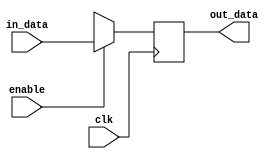

module dff_source(in_data,enable,out_data,clk);
parameter Width=4;
input [Width-1:0] in_data;
input enable,clk;
output reg [Width-1:0] out_data;

always @(posedge clk)begin
      if(enable)
      out_data <= in_data;
      else out_data <= 32'bx;
end

endmodule